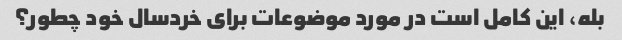
بله، این کامل است در مورد موضوعات برای خردسال خود چطور؟